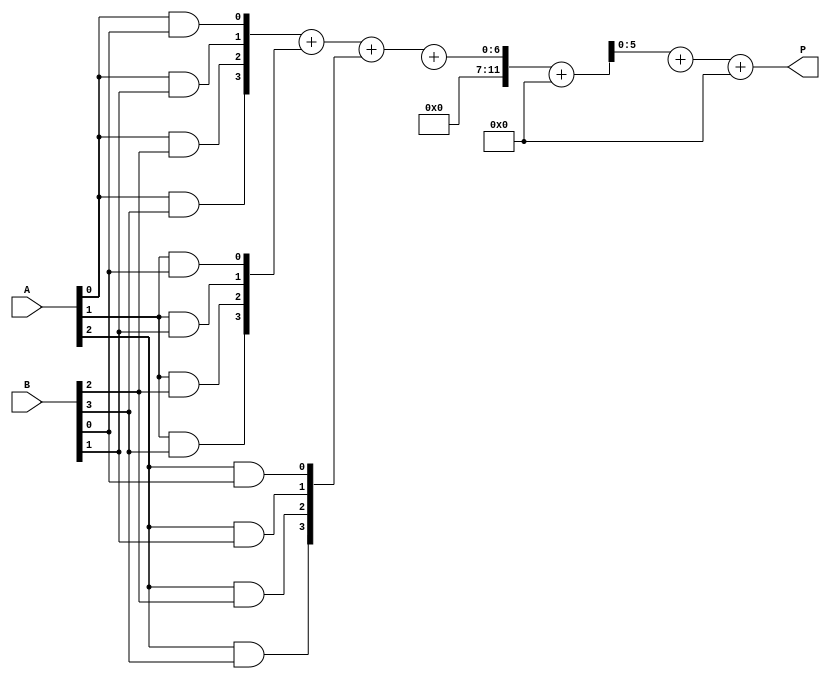
module wallace_tree_multiplier (
    input [n-1:0] A,
    input [n-1:0] B,
    output [2*n-1:0] P
);
    parameter n = 4; // You can set this to any desired bit-width

    // Generate partial products
    wire [n-1:0] pp [0:n-1];

    generate
        genvar i, j;
        for (i = 0; i < n; i = i + 1) begin: partial_product_gen
            for (j = 0; j < n; j = j + 1) begin: and_gate
                assign pp[i][j] = A[i] & B[j];
            end
        end
    endgenerate

    // Wallace Tree Reduction
    wire [n+1:0] stage1 [0:n/3]; // First stage outputs
    wire [n+1:0] stage2 [0:n/3]; // Second stage outputs
    wire [n+1:0] carry [0:n/3];   // Carry outputs

    // First stage: 3-to-2 CSA
    generate
        genvar k;
        for (k = 0; k < n/3; k = k + 1) begin: stage1_logic
            if (k < n/3) begin
                // Sum three bits
                assign {carry[k], stage1[k]} = pp[3*k] + pp[3*k+1] + pp[3*k+2];
            end
        end
    endgenerate

    // Second stage: Reduce again
    generate
        genvar l;
        for (l = 0; l < n/3; l = l + 1) begin: stage2_logic
            if (l < n/3) begin
                assign {carry[l], stage2[l]} = stage1[l] + stage1[l+1] + carry[l];
            end
        end
    endgenerate

    // Final addition
    wire [2*n-1:0] final_sum;
    assign final_sum = stage2[0] + stage2[1] + carry[0];

    assign P = final_sum;

endmodule